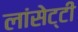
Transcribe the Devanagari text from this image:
लांसेट्टी